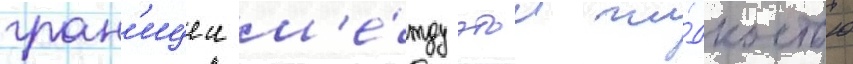
гран'ицеи м'е́жду этои жи́дкостью